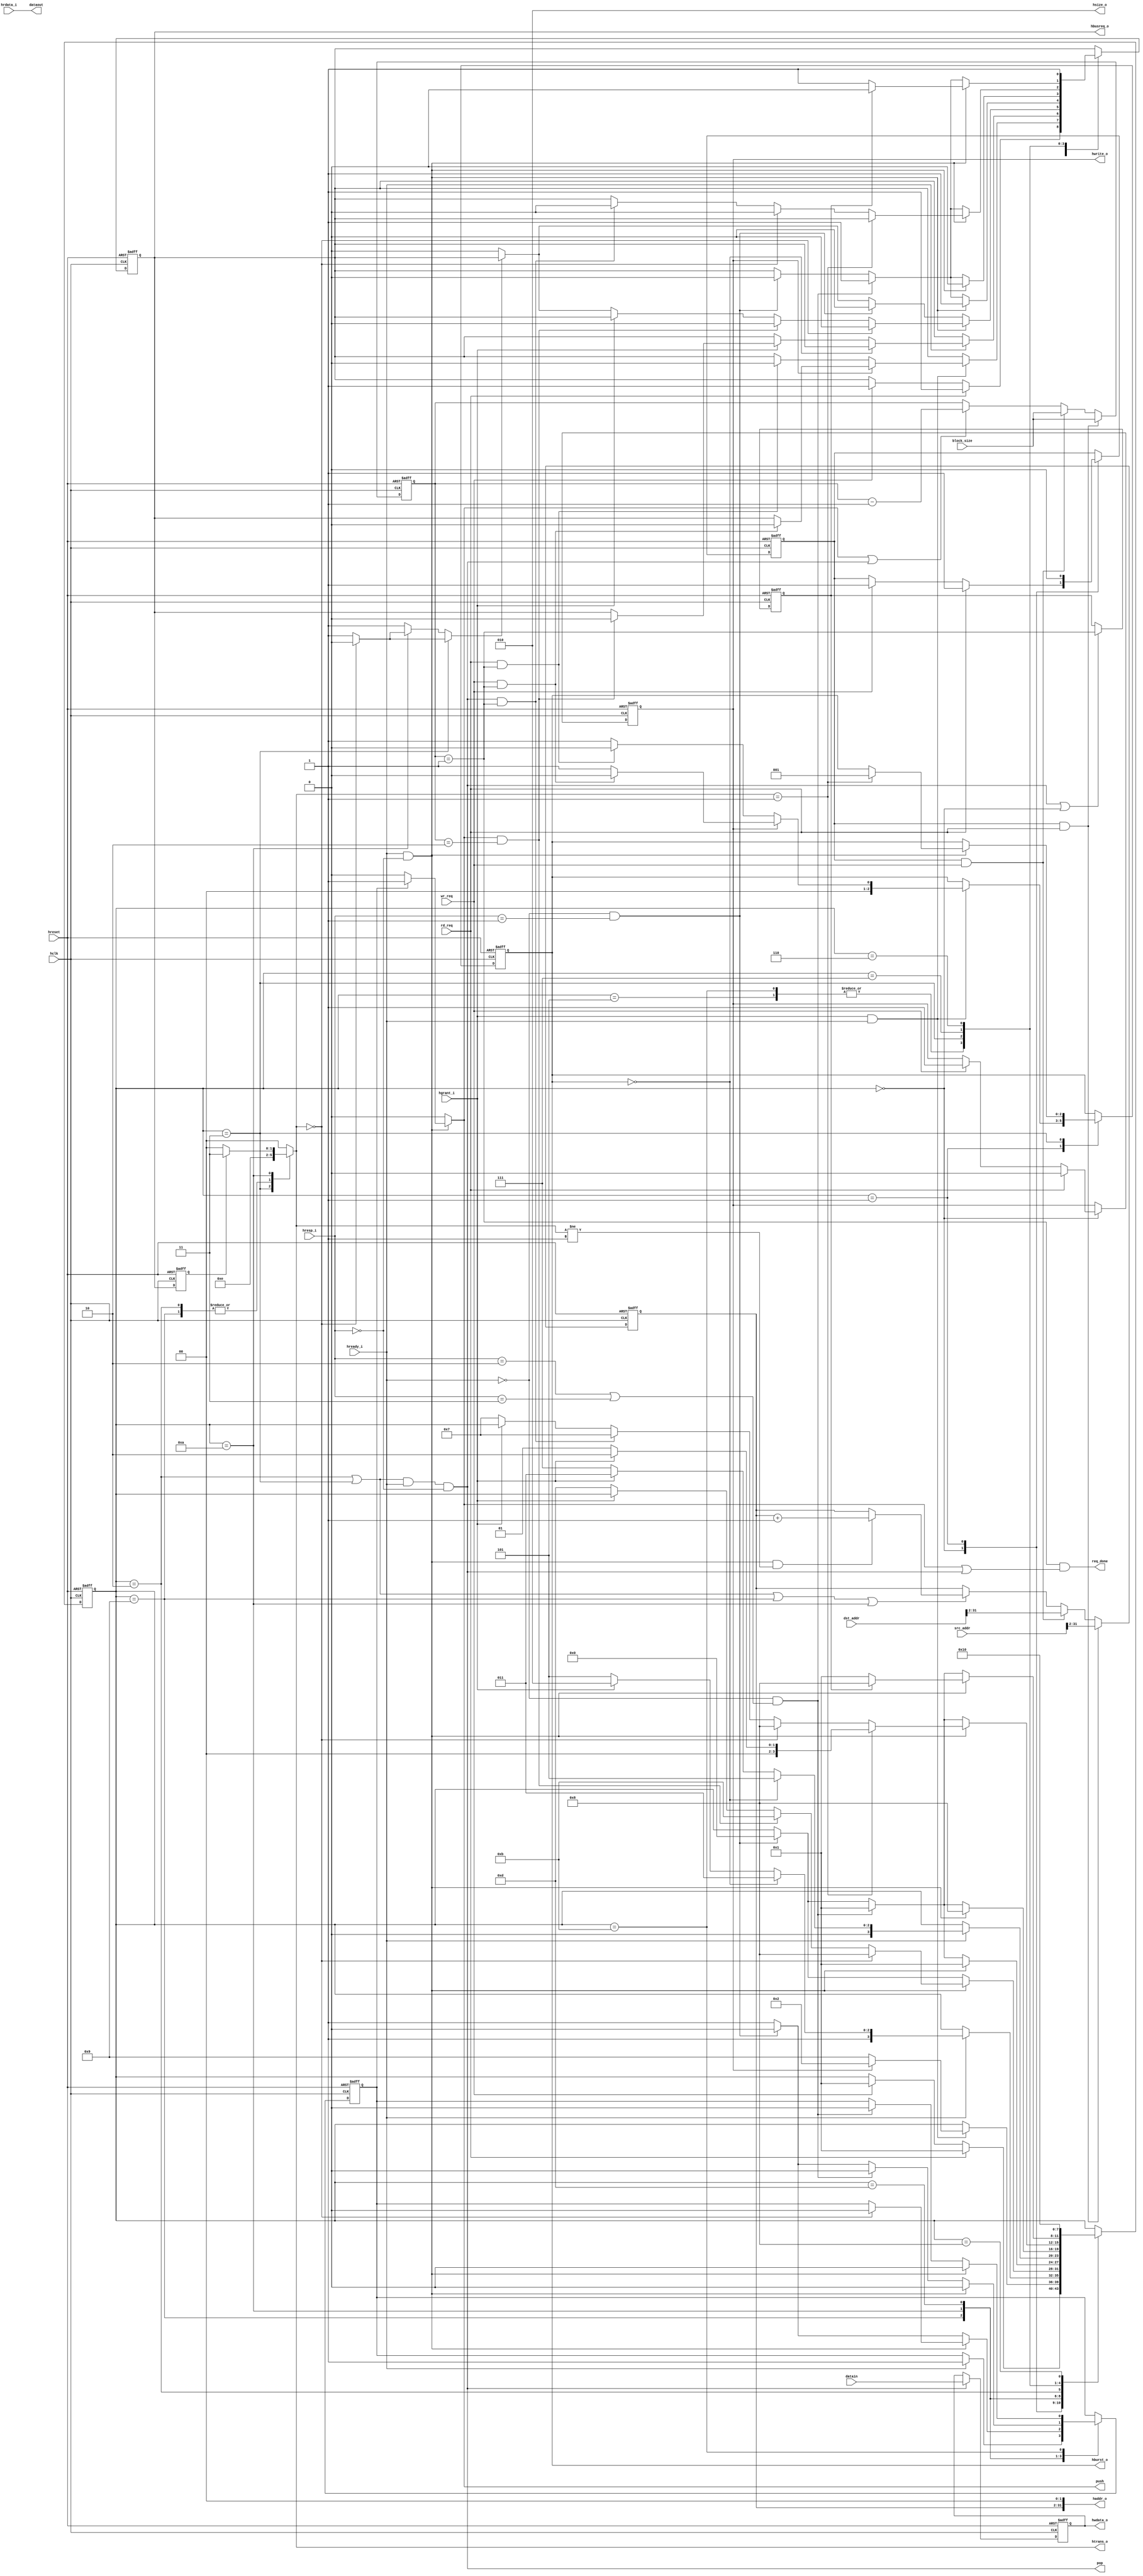
/***********************************************************************
*
*               High Speed AMBA Bus (AHB) Interface Example
*                   for "QuickMIPS" QL901M-680 Device
*                              ahb_master.v
*
*                          Copyright (c) 2002
*                           QuickLogic, Corp.
*																			   
*
************************************************************************/
// First Draft (5/14/2002 H. Kim)

`timescale 1ns/10ps

module ahb_master
   (
     // AHB Master Interface
     hclk,
     hreset,

     hready_i,
     hresp_i,
     hgrant_i,

     hbusreq_o,
     htrans_o,
     hwrite_o,
     hsize_o,
     hburst_o,

     haddr_o,
     hwdata_o,
	 hrdata_i,

     // State Machine Interface
	 req_done,
	 rd_req,
	 wr_req,
	 
     // FIFO Interface
     dataout,
	 datain,
	 push,
	 pop,

     // From DMA Register          
     src_addr,
     dst_addr,          
	 block_size
  );

// AHB Interface

input           hclk;                // This clock times all bus transfers
input           hreset;             // AHB reset signal
input           hready_i;           // when active indicates that
                                    // a transfer has finished on the bus
input   [1:0]   hresp_i;            // transfer response from AHB Slave
                                    // (OKAY,ERROR,RETRY,SPLIT)
input           hgrant_i;           // bus grant from AHB Arbiter

output          hbusreq_o;          // bus request to AHB Arbiter
output  [1:0]   htrans_o;           // type of current transfer
output          hwrite_o;           // type of current transfer
                                    // (NONSEQ,SEQ,IDLE,BUSY)
output  [2:0]   hsize_o;            // size of current transfer
output  [2:0]   hburst_o;           // Burst type
output  [31:0]  haddr_o;            // Address out onto AHB for Rd/Wr

output [31:0]   hwdata_o;           // Write data out to AHB for Rx 
input  [31:0]   hrdata_i;           // Read data from AHB for Tx

	// State Machine Interface
output			req_done;
input	 		rd_req;
input			wr_req;

	// FIFO Interface
output	[31:0]  dataout;			// Data Out to Read FIFO
input	[31:0]	datain;				// Data In from Write FIFO
output	 		push;
output			pop;

    // From DMA Register          
input	[31:0]  src_addr;
input	[31:0]  dst_addr;          
input	[4:0]	block_size;

wire              hbusreq_o;
reg               hwrite_o;
wire   [2:0]      hsize_o;
reg    [1:0]      htrans_o;
reg    [2:0]      hburst_o;
wire  [31:0]      haddr_o;
reg   [31:0]      hwdata_o;

wire			req_done;
reg		[4:0]	word_count;
wire			pop;
reg				push;
wire	[31:0]  dataout;			// Data Out to Read FIFO

// Internal register declarations
reg    [3:0]      ahb_master_state;     // AHB Master I/F S/M State bits
reg    [3:0]      state_prev_clk;       // AHB Master I/F S/M State bits
                                        // delayed by 1-clock

reg               latch_addr;           // used to latch address from fifo
                                        // into address incrementer
// reg               latch_prevaddr;       // used to restore the prev. addr
                                        // in case of RETRY/SPLIT
wire              lastbrstrd;           // Last Burst Read
wire              lastbrstwr;           // Last Burst Read
reg				  burstwrflag_last_n;
reg    [29:0]      haddr_reg;            // upper 30-bits of HADDR
wire   [29:0]      nextaddr;             // upper 30-bits of HADDR
reg    [29:0]      haddr_prev;           // lower address bits of the previous
                                        // transfer.  Used to restore address
                                        // in case of RETRY/SPLIT
reg               ahm_busreq_reg;       // AHB registered request signal
                                        // used with busreq_comb to generate
                                        // ahm_busreq O/P to AHB arbiter
reg               rddf_wren;            // enables/disables data fifo
                                        // write logic
reg               busreq_prev;          // AHB access request signal delayed
reg               busreq_comb;

// ******************************************************
// AHB Master Interface State Machine Encoding
// ******************************************************
parameter         AHM_IDLE       =  4'b0000;
parameter         AHM_BREQ       =  4'b0001;
parameter         AHM_NSEQWR     =  4'b0010;
parameter         AHM_SEQWR      =  4'b0011;
parameter         AHM_WRWAIT     =  4'b0101;
parameter         AHM_RETRY      =  4'b0110;
parameter         AHM_LASTWR     =  4'b0111;
parameter         AHM_GOIDLE     =  4'b1000;
parameter         AHM_NSEQRD     =  4'b1001;
parameter         AHM_SEQRD      =  4'b1010;
parameter         AHM_RDWAIT     =  4'b1011;
parameter         AHM_LASTRD     =  4'b1101;


// ******************************************************
// Parameter Definition for AHB Transfer Type(HTRANS)
// ******************************************************
parameter         IDLE                = 2'b00;
parameter         BUSY                = 2'b01;
parameter         NONSEQ              = 2'b10;
parameter         SEQ                 = 2'b11;
  
// ******************************************************
// Parameter Definition for AHB Transfer Type(HBURST)
// ******************************************************
parameter         SINGLE              = 3'b000;
parameter         INCR                = 3'b001;
parameter         INCR4               = 3'b011;
parameter         INCR8               = 3'b101;
parameter         INCR16              = 3'b111;
  
// ******************************************************
// Parameter Definition for AHB Transfer SIZE(HSIZE)
// ******************************************************
parameter         BYTE                = 3'b000;
parameter         HALFWORD            = 3'b001;
parameter         WORD                = 3'b010;
  
// ******************************************************
// Parameter Definition for AHB Response Type(hresp_i)
// ******************************************************
parameter         OKAY                = 2'b00;
parameter         ERROR               = 2'b01;
parameter         RETRY               = 2'b10;
parameter         SPLIT               = 2'b11;
  
// ******************************************************
// Parameter Definition for AHB Write/Read Command (HWRITE)
// ******************************************************
parameter         READ                = 1'b0;
parameter         WRITE               = 1'b1;

// **********************************************************

assign #2 dataout[31:0] = hrdata_i;

// **********************************************************
// AHB Master I/F State Machine
// **********************************************************


assign hsize_o = WORD;		   // Always WORD Transfer
assign req_done = (word_count == 5'b00001) && (push || pop);

always @(posedge hclk or posedge hreset)
begin

   if(hreset) begin

      ahm_busreq_reg    <= 1'b0;
      hwrite_o          <= READ;
      latch_addr        <= 1'b0;
      hburst_o          <= SINGLE;
//      hsize_o           <= WORD;
      rddf_wren         <= 1'b0;
//	  req_done			<= 1'b0;
      ahb_master_state  <= AHM_IDLE;
   end

   // error does not exist or previously generated abort is cleared
   else begin

      case(ahb_master_state)   // synopsys full_case parallel_case

         AHM_IDLE:  begin
               if(rd_req) begin			// DMA Read Cycle
                  // Assert bus access request to AHB Arbiter for read transfers
                  ahm_busreq_reg    <= 1'b1;
                  // assign the read/write command to indicate read cycle
                  hwrite_o          <= READ;
                  // design supports only WORD reads
//                  hsize_o           <= WORD;
                  // latch current address from address fifo into
                  // incrementer, output of which gets onto AHB
                  // as transfer address
                  latch_addr        <= 1'b1;
                  ahb_master_state  <= AHM_BREQ;
               end
               else if(wr_req) begin	// DMA Write Cycle
                  // Assert bus access request to AHB Arbiter
                  ahm_busreq_reg    <= 1'b1;
                  // assign the read/write command to indicate write cycle
                  hwrite_o          <= WRITE;
                  // design supports only WORD reads
//                  hsize_o           <= WORD;
                  // latch current address from address fifo into
                  // incrementer, output of which gets onto AHB
                  // as transfer address
                  latch_addr        <= 1'b1;
                  ahb_master_state  <= AHM_BREQ;
               end
         end

         // wait until bus is granted
         AHM_BREQ:  begin
               latch_addr          <= 1'b0;
  //             latch_prevaddr      <= 1'b0;
               if(hgrant_i & hready_i) begin
                  // write transfer
                  if(hwrite_o) begin
                     ahb_master_state  <= AHM_NSEQWR;
//                     hsize_o           <= hsize;
                     // if it is single write cycle remove bus request
                     // and assert HBURST to SINGLE
                     if(wr_req && (word_count == 5'b00001)) begin
                        ahm_busreq_reg <= 1'b0;
                        hburst_o       <= SINGLE;
                     end
                     // if it is intended burst then keep bus request
                     // asserted and assert HBURST to INCR
                     // (burst of undefined length)
                     else begin
                        hburst_o       <= INCR;
                     end
                  end
                  // read transfer
                  else begin
                     // read request is single
                     if (rd_req && (word_count == 5'b00001)) begin
                        hburst_o          <= SINGLE;
                        ahm_busreq_reg    <= 1'b0;
                     end
                     else begin
                        hburst_o          <= INCR;
                     end
                     // read request is single
                     ahb_master_state    <= AHM_NSEQRD;
                  end
               end
         end
         // first address phase of read transfer
         AHM_NSEQRD:  begin
				// Target is ready accept data
               if(hready_i) begin
                  // If it is single read cycle(hburst_o == SINGLE) OR
                  // only one more data left from current read burst
                  // (rdbrst_compl) OR
                  // current data phase at 1k page boundary
                  // (pgbndry | init_pgboundry)
                  // go to WAIT(until data phase completes) as current data
                  // is last data phase
                  // if data fifo is almost full(it can take only one more data)
                  // terminate the burst read cycle on AHB
                  if(hburst_o == SINGLE) begin
                     ahb_master_state    <= AHM_RDWAIT;
                  end
                  // more data to be read but grant is lost
                  // can't continue the burst beyond the current data phase
                  else if(~hgrant_i) begin
                     ahb_master_state    <= AHM_LASTRD;
                  end
                  // continue to read
                  else begin
                     if(lastbrstrd) begin
                        ahm_busreq_reg      <= 1'b0;
                     end
                     ahb_master_state    <= AHM_SEQRD;
                  end
                  // enable data fifo write logic
                     rddf_wren           <= 1'b1;
               end
         end
         // consecutive transfers of burst read
         AHM_SEQRD:  begin
               // target is ready to provide data
               if(hready_i & hresp_i == OKAY) begin
                  if(htrans_o == IDLE) begin
                     ahb_master_state    <= AHM_GOIDLE;
                     ahm_busreq_reg      <= 1'b0;
                     rddf_wren           <= 1'b0;
                  end
                  // only one more data left from current read burst
                  else if(lastbrstrd) begin 
                     ahb_master_state    <= AHM_RDWAIT;
                     ahm_busreq_reg      <= 1'b0;
                  end
                  else if(~hgrant_i) begin
                     ahb_master_state    <= AHM_LASTRD;
                     if(~busreq_comb) begin
                        ahm_busreq_reg      <= 1'b0;
                     end
                  end
               end
               // system needs to be reset
               else if(~hready_i & hresp_i == ERROR) begin
                  rddf_wren           <= 1'b0;
                  ahb_master_state    <= AHM_IDLE;
                  ahm_busreq_reg      <= 1'b0;
               end
               else begin
                  // enable as long as in SEQRD state
                     rddf_wren           <= 1'b1;
                  if(~busreq_comb) begin
                     ahm_busreq_reg      <= 1'b0;
                  end
               end
         end
         // last read data phase from current read transfer
         // (due to lost ownership of address bus)
         // once the current data phase is over(successful or not(retry/split))
         // master rearbitrates and starts with non-sequential again
         AHM_LASTRD:  begin
               // target is ready to accept data
               if(hready_i & hresp_i == OKAY) begin
                  ahm_busreq_reg      <= 1'b1;
                  ahb_master_state    <= AHM_BREQ;
                  rddf_wren           <= 1'b0;
               end
               else if(~hready_i & (hresp_i == RETRY | hresp_i == SPLIT) ) begin
                  ahm_busreq_reg      <= 1'b1;
                  ahb_master_state    <= AHM_BREQ;
 //                 latch_prevaddr      <= 1'b1;
                  rddf_wren           <= 1'b0;
               end
               // error indicated on AHB
               // in current design it is unrecoverable
               // system needs to be reset
               else if(~hready_i & hresp_i == ERROR) begin
                  rddf_wren           <= 1'b0;
                  ahb_master_state    <= AHM_IDLE;
                  ahm_busreq_reg      <= 1'b0;
               end
               else begin
                  rddf_wren           <= 1'b1;
               end
         end
         // first address phase of write transfer
         AHM_NSEQWR:  begin
               if(hready_i) begin
                  // If it is single write cycle go to WAIT as
                  // current data is last data phase
                  if (hburst_o == SINGLE) begin
                     ahb_master_state    <= AHM_WRWAIT;
                  end
                  else if(~hgrant_i) begin
                     ahb_master_state    <= AHM_LASTWR;
                  end
                  else begin
                     ahb_master_state    <= AHM_SEQWR;
                  end
               end
         end
         // data phase of either single read cycle
         // or last data phase of burst read cycle
         AHM_RDWAIT:  begin
               // target is ready
               if(hready_i == 1'b1 & hresp_i == OKAY) begin
                  ahb_master_state    <= AHM_GOIDLE;
//	  				req_done			<= 1'b1;
                  // disable data fifo write logic
                  rddf_wren           <= 1'b0;
                  // read the address fifo as it is last data phase
                  // so that application can strobe new cycle if any
                  ahm_busreq_reg      <= 1'b0;
               end
               else if(~hready_i & (hresp_i == RETRY | hresp_i == SPLIT) ) begin
                     ahb_master_state    <= AHM_BREQ;
                     ahm_busreq_reg      <= 1'b1;
                  // disable data fifo write logic
                  rddf_wren           <= 1'b0;
//                  latch_prevaddr      <= 1'b1;
               end
               // error indicated on AHB
               // in current design it is unrecoverable
               // system needs to be reset
               else if(~hready_i & hresp_i == ERROR) begin
                  ahb_master_state    <= AHM_IDLE;
                  ahm_busreq_reg      <= 1'b0;
               end
         end
         // last data phase of write transfer(single/burst)
         // if successful S/M goes to idle
         // if unsuccessful(RETRY/SPLIT) transfer is retried
         AHM_WRWAIT:  begin
               // target is ready
               if(hready_i == 1'b1 & hresp_i == OKAY) begin
                  ahb_master_state    <= AHM_GOIDLE;
                  ahm_busreq_reg      <= 1'b0;
//	  				req_done			<= 1'b1;
               end
               else if(~hready_i & (hresp_i == RETRY | hresp_i == SPLIT) ) begin
                  ahb_master_state    <= AHM_BREQ;
                  ahm_busreq_reg      <= 1'b1;
//                  latch_prevaddr      <= 1'b1;
               end
               // system needs to be reset
               else if(~hready_i & hresp_i == ERROR) begin
                  ahb_master_state    <= AHM_IDLE;
                  ahm_busreq_reg      <= 1'b0;
               end
         end
         // sub-sequent address/data phases of burst write cycle
         AHM_SEQWR:                 // target is ready to accept data
               if(hready_i & hresp_i == OKAY) begin
                  if(htrans_o == BUSY) begin
                        hburst_o          <= INCR;
                     if(hgrant_i) begin
                        ahb_master_state    <= AHM_NSEQWR;
                     end
                     else begin
                        ahb_master_state    <= AHM_BREQ;
                     end
                  end
                  else if(htrans_o == IDLE) begin
                     ahb_master_state    <= AHM_GOIDLE;
                     // read the address fifo as it is last data phase
                     // so that application can strobe new cycle if any
                     ahm_busreq_reg      <= 1'b0;
                  end
				// Finish cycle when last word is written
                  else if(lastbrstwr) begin
                     ahm_busreq_reg      <= 1'b0;
                     ahb_master_state    <= AHM_LASTWR;
                  end  
                  // grant lost while waiting for transfer to finish
                  else if(~hgrant_i) begin
                     ahb_master_state    <= AHM_LASTWR;
                  end
			   end
               else if(~hready_i & (hresp_i == RETRY | hresp_i == SPLIT) ) begin
                  ahb_master_state    <= AHM_BREQ;
                  ahm_busreq_reg      <= 1'b1;
 //                 latch_prevaddr      <= 1'b1;
               end
               // error indicated on AHB
               // in current design it is unrecoverable
               // system needs to be reset
               else if(~hready_i & hresp_i == ERROR) begin
                  ahb_master_state    <= AHM_IDLE;
                  ahm_busreq_reg      <= 1'b0;
               end
         // last data phase of write transfer because of lost ownership
         // of address bus(Grant lost)
         // once current data phase completes(successful or not(retry/split))
         // master re-arbitrates and resumes pending cycle starting with
         // non-sequential
         AHM_LASTWR:  begin
               // target is ready to accept data
               if(hready_i & hresp_i == OKAY) begin
                  // if the current data is last data from current burst
                  // goto idle, emptying the address fifo
                  if(burstwrflag_last_n) begin
                     ahb_master_state    <= AHM_GOIDLE;
                     // read the address fifo as it is last data phase
                     // so that application can strobe new cycle if any
                     ahm_busreq_reg      <= 1'b0;
                  end
                  else begin
                     ahm_busreq_reg      <= 1'b1;
                     ahb_master_state    <= AHM_BREQ;
                  end
               end

               else if(~hready_i & (hresp_i == RETRY | hresp_i == SPLIT) ) begin
                  // assert appropriate flag to be used to generate
                  // hburst signal in retried transaction
                  // intended transfer would be complete(last data phase)
                  // if it was not retried(so only one more data left)
                  ahm_busreq_reg      <= 1'b1;
                  ahb_master_state    <= AHM_BREQ;
//                  latch_prevaddr      <= 1'b1;
               end
               // error indicated on AHB
               // in current design it is unrecoverable
               // system needs to be reset
               else if(~hready_i & hresp_i == ERROR) begin
                  ahb_master_state    <= AHM_IDLE;
                  ahm_busreq_reg      <= 1'b0;
               end
         end
         // master re-arbitrates as it lost grant in the middle of transfer
         // it waits until data fifos are available
         AHM_RETRY:  begin
//               latch_prevaddr         <= 1'b0;
                  ahm_busreq_reg      <= 1'b1;
                  ahb_master_state    <= AHM_BREQ;
         end
         // this state provides time to read address fifo before
         // entering idle state
         AHM_GOIDLE:  begin
               ahb_master_state    <= AHM_IDLE;
         end
      endcase
   end
end

// AHB write burst flag latching
always @(posedge hclk or posedge hreset)
begin
   if(hreset) begin
      burstwrflag_last_n  <= 1'b1;
   end
   else begin //bug fix - illusion of last phase in the burst 
      if(pop | (ahb_master_state == AHM_IDLE)) begin
         burstwrflag_last_n  <= (word_count == 5'b00001);
      end
   end
end

// latching state 
always @(posedge hclk or posedge hreset)
begin
   if(hreset) begin
      state_prev_clk      <= AHM_IDLE;
   end
   else begin
      if(hready_i) begin
         state_prev_clk      <= ahb_master_state;
      end
   end
end

// address generation
always @(posedge hclk or posedge hreset)
begin
   if(hreset) begin
      haddr_reg[29:0]      <= 30'h0000_0000;
      haddr_prev[29:0]     <= 30'h0000_0000;
   end
   else if(latch_addr && rd_req) begin
         haddr_reg[29:0]      <= src_addr[31:2]; 
         haddr_prev[29:0]     <= src_addr[31:2];
   end
   else if(latch_addr && wr_req) begin
         haddr_reg[29:0]      <= dst_addr[31:2]; 
         haddr_prev[29:0]     <= dst_addr[31:2]; 
   end
   else begin
        if( ahb_master_state == AHM_NSEQWR |
             ahb_master_state == AHM_SEQWR |
             ahb_master_state == AHM_NSEQRD | 
             ahb_master_state == AHM_SEQRD) begin
            if(hready_i & hresp_i == OKAY & htrans_o != BUSY ) begin 
               haddr_reg[29:0]      <= nextaddr[29:0];
               haddr_prev[29:0]     <= haddr_o[31:2];
            end
         end
   end
end
// address generation
always @(posedge hclk or posedge hreset)
begin
   if(hreset) begin
         word_count			  <= 5'b00000; 
   end
   else if(latch_addr && rd_req) begin
         word_count			  <= block_size; 
   end
   else if(latch_addr && wr_req) begin
         word_count			  <= block_size; 
   end
   else if (push | pop) begin
         word_count			  <= word_count - 1; 
   end
end
// Final address that gets onto AHB for Read/Write transfers
assign haddr_o[31:0]    =  {haddr_reg[29:0], 2'b00};

// address of next transfer used by address incrementer
assign nextaddr[29:0]  = haddr_reg[29:0] + 1;

assign #1 pop = (ahb_master_state == AHM_SEQWR | ahb_master_state == AHM_NSEQWR)
						&& hready_i && (hresp_i == OKAY);

// DMA Tx fifo write strobe logic
always @(rddf_wren or hready_i or hresp_i)
begin
   if(hready_i == 1'b1 & hresp_i == OKAY) begin
      if(rddf_wren) begin
         push = 1'b1;
      end
      else begin
         push = 1'b0;
      end
   end
   else begin
      push = 1'b0;
   end
end	 

// HTRANS generation logic
// input signal dependencies removed to avoid combinitorial path
// thru the core input signals
// Fix_041601_Rev1.0b_10
//always @(ahb_master_state or hsize_chg or burstwrflag_last_n or
//         busreq_prev or hready_i or hresp_i
//        )
always @(ahb_master_state or busreq_prev)
begin
   case (ahb_master_state)
      AHM_SEQWR : begin
               htrans_o = SEQ;
      end
      AHM_NSEQWR, AHM_NSEQRD : begin
         htrans_o = NONSEQ;
      end
      AHM_SEQRD : begin
         // input signal dependencies removed to avoid combinitorial path
         // thru the core input signals
         // Fix_041601_Rev1.0b_10
         //if(hready_i == 1'b1 & hresp_i == OKAY) begin
            if(~busreq_prev) begin
               htrans_o = IDLE;
            end
            else begin
               htrans_o = SEQ;
            end
        end
      default : begin
         htrans_o = IDLE;
      end
   endcase
end

// removing bus request signal at the beginning of last data phase
// of SEQWR
// input signal dependencies removed to avoid combinitorial path
// thru the core input signals
// Fix_041601_Rev1.0b_10
//always @(ahb_master_state or ai_wrdfrd_n or burstwrflag_n or
//         rddf_second_last_n or htrans_o or
//         hready_i or hresp_i or pgbndry)
always @(ahb_master_state or htrans_o)
begin
   if(ahb_master_state == AHM_SEQWR) begin
      if( htrans_o == IDLE ) begin
         busreq_comb = 1'b0;
      end
      else begin
         busreq_comb = 1'b1;
      end
   end
   else if(ahb_master_state == AHM_SEQRD) begin
      // input signal dependencies removed to avoid combinitorial path
      // thru the core input signals
      // Fix_041601_Rev1.0b_10
      //if(hready_i == 1'b1 & hresp_i == OKAY) begin
         if(htrans_o == IDLE) begin
            busreq_comb = 1'b0;
         end
         else begin
            busreq_comb = 1'b1;
         end
   end
   else begin
      busreq_comb = 1'b1;
   end
end


// final AHB access request signal to arbiter
assign hbusreq_o = ahm_busreq_reg;

// AHB write data generation
always @(posedge hclk or posedge hreset)
begin
   if(hreset) begin
      hwdata_o[31:0]        <= 32'h0000_0000;
   end
   else if(pop) begin
         hwdata_o[31:0]     <= datain[31:0];
   end
end

assign lastbrstrd   = push && (word_count == 5'b00010);
assign lastbrstwr   = pop && (word_count == 5'b00001);

// delayed version of hbusreq_o
// used in htrans_o generation logic
always @(posedge hclk or posedge hreset)
begin
   if(hreset)
      busreq_prev <= 1'b0;
   else
      busreq_prev <= hbusreq_o;
end

endmodule